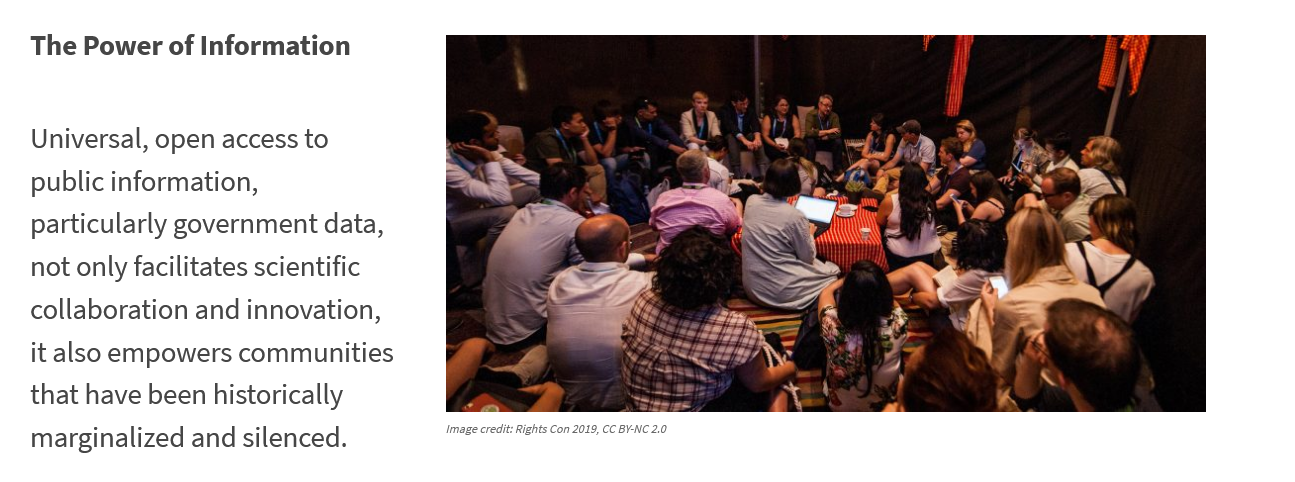
The    Power    of   Information
     Universal,    open    access    to
     public    information,
     particularly    government    data,
     not only    facilitates    scientific
     collaboration    and    innovation,
     it also    empowers    communities
     that    have    been   historically
     marginalized    and    silenced.

     Image credit: Rights Con 2019, CC BY-NC 2.0